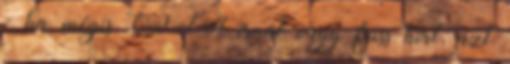
- ha mégis OFF-ot írnál vagy friss hírt, azt